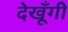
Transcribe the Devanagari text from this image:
देखूँगी